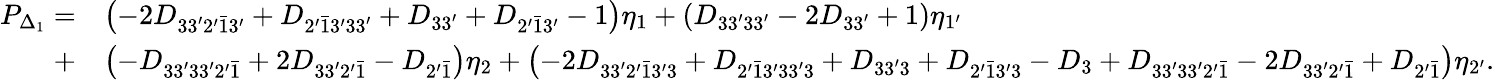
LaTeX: \begin{array}{rl}{P_{\Delta_{1}}=}&{\left({-2{D_{33^{\prime}2^{\prime}\bar{1}3^{\prime}}}+{D_{2^{\prime}\bar{1}3^{\prime}33^{\prime}}}+{D_{33^{\prime}}}+{D_{2^{\prime}\bar{1}3^{\prime}}}-1}\right){\eta_{1}}+\left({{D_{33^{\prime}33^{\prime}}}-2{D_{33^{\prime}}}+1}\right){\eta_{1^{\prime}}}}\\ {+}&{\left({-{D_{33^{\prime}33^{\prime}2^{\prime}\bar{1}}}+2{D_{33^{\prime}2^{\prime}\bar{1}}}-{D_{2^{\prime}\bar{1}}}}\right){\eta_{2}}+\left({-2{D_{33^{\prime}2^{\prime}\bar{1}3^{\prime}3}}+{D_{2^{\prime}\bar{1}3^{\prime}33^{\prime}3}}+{D_{33^{\prime}3}}+{D_{2^{\prime}\bar{1}3^{\prime}3}}-{D_{3}}+{D_{33^{\prime}33^{\prime}2^{\prime}\bar{1}}}-2{D_{33^{\prime}2^{\prime}\bar{1}}}+{D_{2^{\prime}\bar{1}}}}\right){\eta_{2^{\prime}}}.}\end{array}